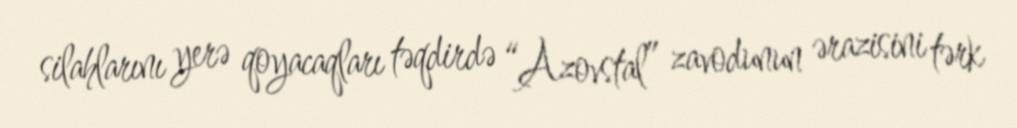
silahlarını yerə qoyacaqları təqdirdə “Azovstal” zavodunun ərazisini tərk